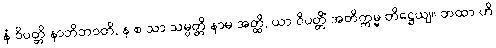
နံ ဝိပတ္တိ နာဘိဘဝတိ, န စ သာ သမ္ပတ္တိ နာမ အတ္ထိ, ယာ ဝိပတ္တိံ အတိက္ကမ္မ တိဋ္ဌေယျ။ တထာ ဟိ